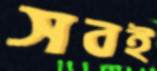
সবই